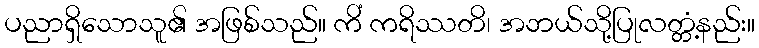
ပညာရှိသောသူ၏ အဖြစ်သည်။ ကိံ ကရိဿတိ၊ အဘယ်သို့ပြုလတ္တံ့နည်း။